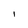
Character: 1